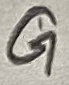
Text: G